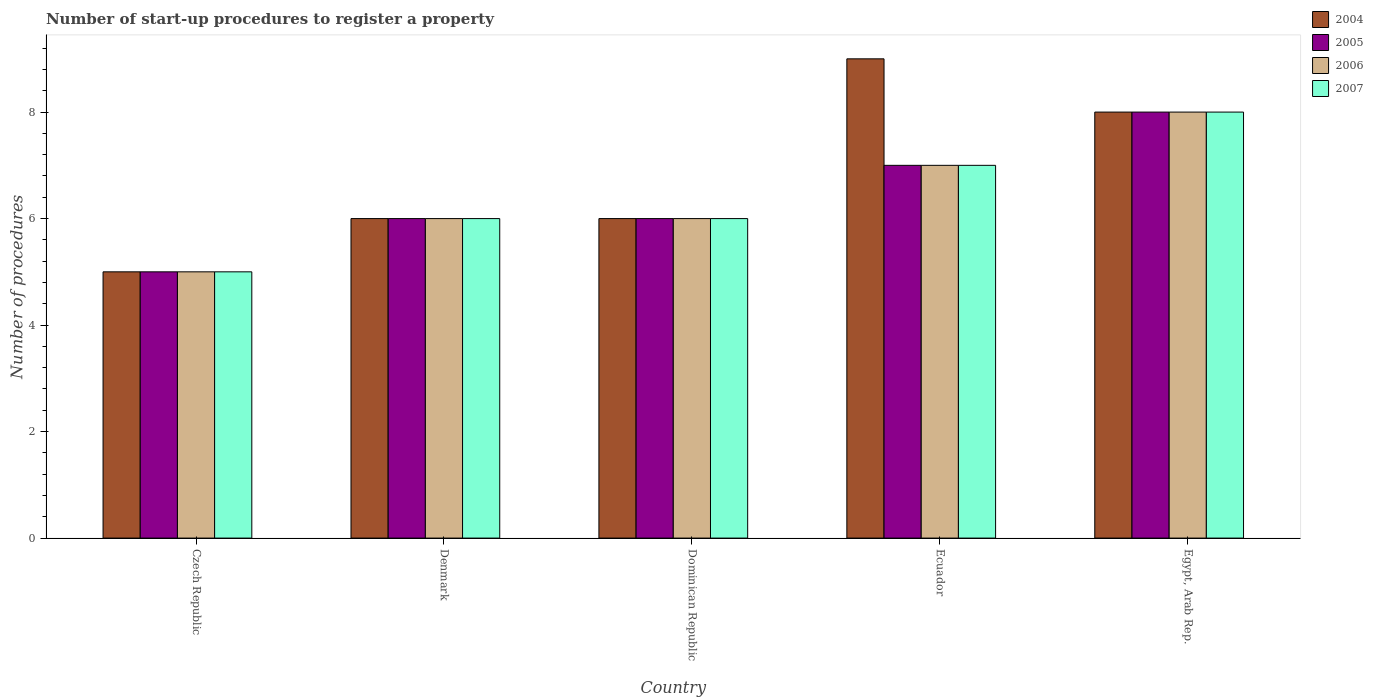
| Country | 2004 | 2005 | 2006 | 2007 |
 | --- | --- | --- | --- | --- |
 | Czech Republic | 5 | 5 | 5 | 5 |
 | Denmark | 6 | 6 | 6 | 6 |
 | Dominican Republic | 6 | 6 | 6 | 6 |
 | Ecuador | 9 | 7 | 7 | 7 |
 | Egypt, Arab Rep. | 8 | 8 | 8 | 8 |